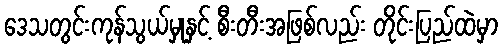
ဒေသတွင်းကုန်သွယ်မှုနှင့် စီးတီးအဖြစ်လည်း တိုင်းပြည်ထဲမှာ